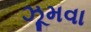
ઝૂમવા